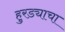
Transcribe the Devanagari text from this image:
हुरड्याचा